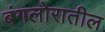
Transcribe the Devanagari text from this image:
बंगलोरातील